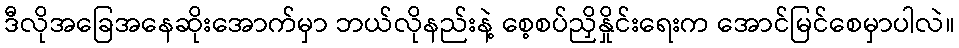
ဒီလိုအခြေအနေဆိုးအောက်မှာ ဘယ်လိုနည်းနဲ့ စေ့စပ်ညှိနှိုင်းရေးက အောင်မြင်စေမှာပါလဲ။